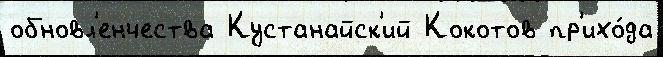
обновл'енчества Кустанайск'ий Кокотов пр'ихо́да